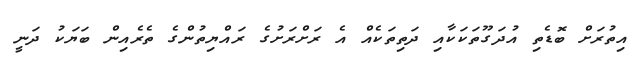
އިތުރަށް ބޮޑެތި އުދަގޫތަކަކާއި ދަތިތަކެއް އެ ރަށްރަށުގެ ރައްޔިތުންގެ ތެރެއިން ބަޔަކު ދަނީ